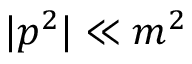
| p ^ { 2 } | \ll m ^ { 2 }